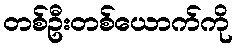
တစ်ဦးတစ်ယောက်ကို